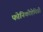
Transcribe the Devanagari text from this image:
फोनिकोप्टेरिडी